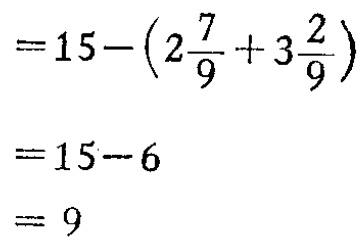
\[

\begin{align*}

&=15-\left(2\frac{7}{9}+3\frac{2}{9}\right)\\

&=15 - 6\\

&=9

\end{align*}

\]